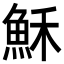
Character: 穌